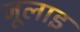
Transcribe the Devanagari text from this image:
जूलाइ